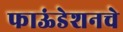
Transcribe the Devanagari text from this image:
फाऊंडेशनचे